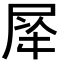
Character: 𭕡